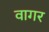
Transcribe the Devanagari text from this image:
वागर